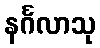
နင်္ဂလာသု